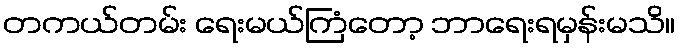
တကယ်တမ်း ရေးမယ်ကြံတော့ ဘာရေးရမှန်းမသိ။